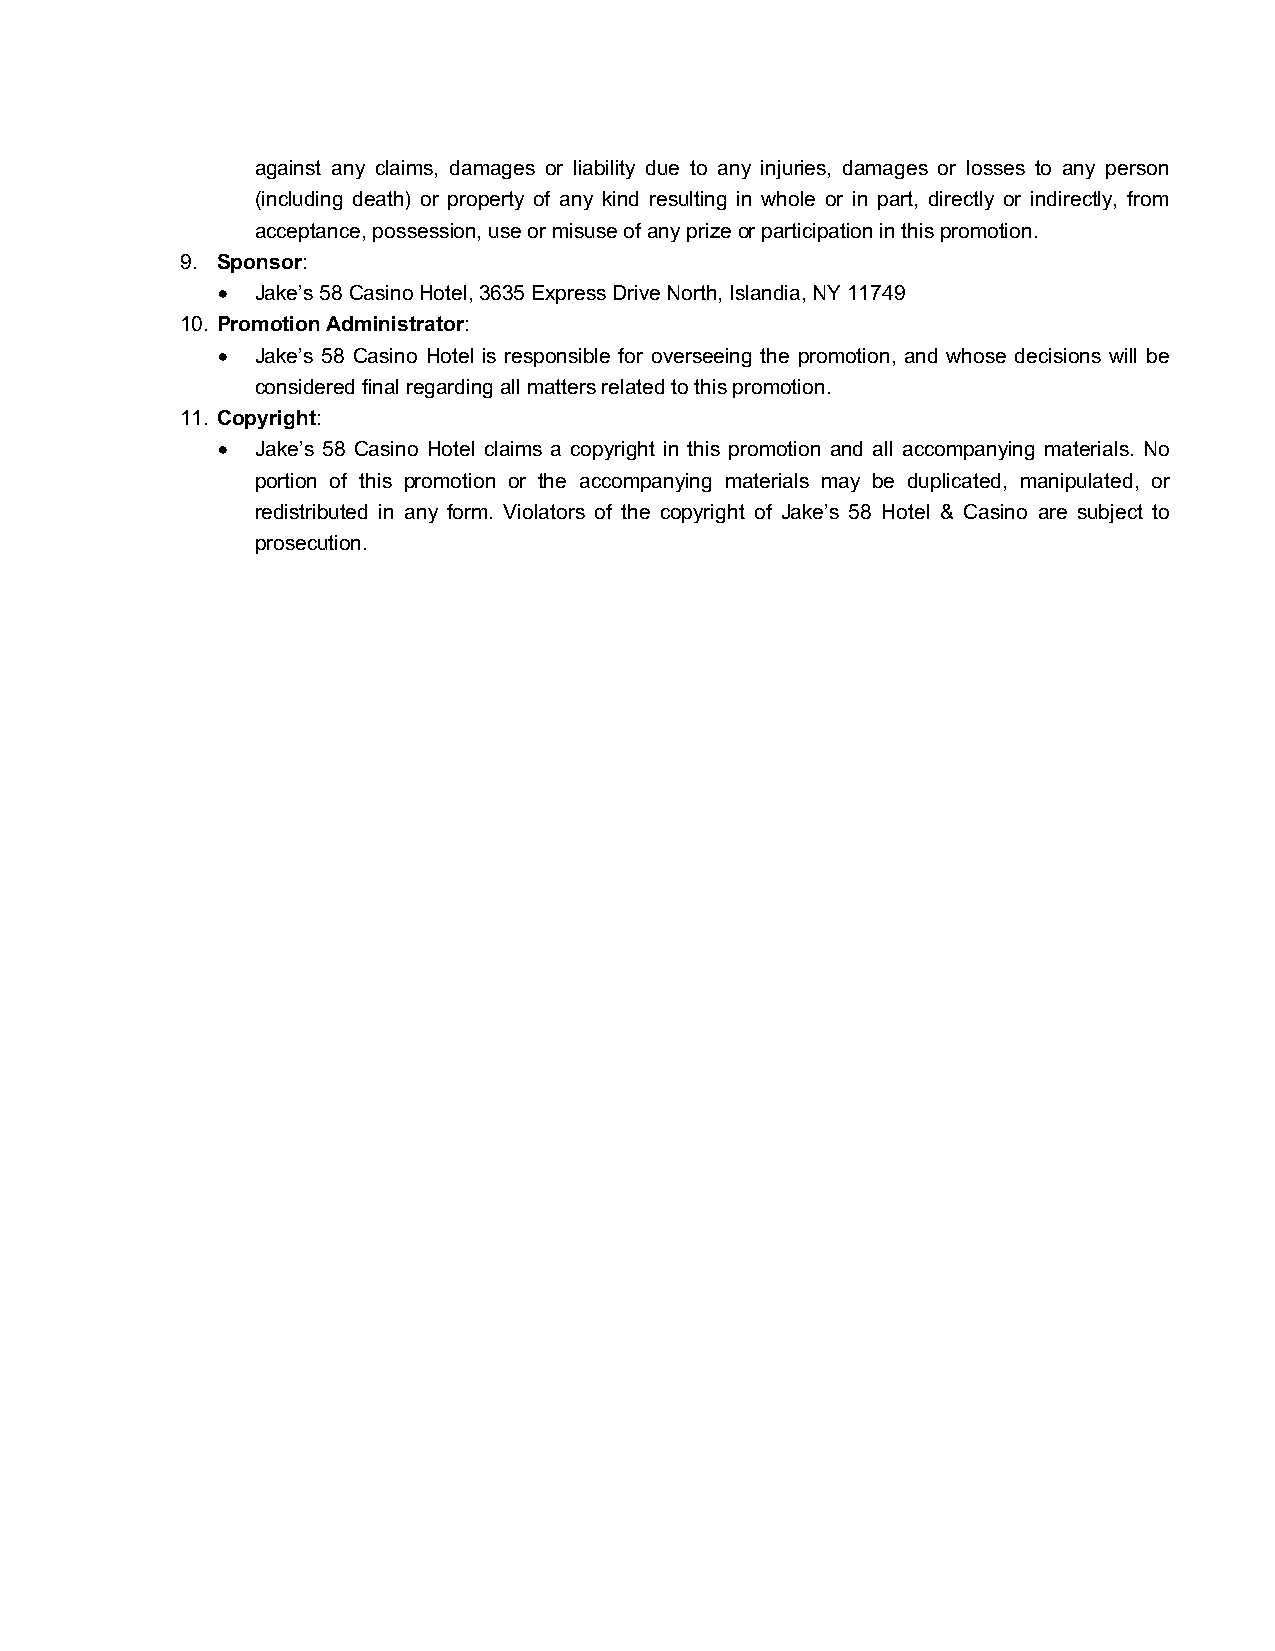
against any claims, damages or liability due to any injuries, damages or losses to any person
 (including death) or property of any kind resulting in whole or in part, directly or indirectly, from
 acceptance, possession, use or misuse of any prize or participation in this promotion.
 9. Sponsor:
 •  Jake’s 58 Casino Hotel, 3635 Express Drive North, Islandia, NY 11749
 10. Promotion Administrator:
 •  Jake’s 58 Casino Hotel is responsible for overseeing the promotion, and whose decisions will be
 considered final regarding all matters related to this promotion.
 11. Copyright:
 •  Jake’s 58 Casino Hotel claims a copyright in this promotion and all accompanying materials. No
 portion of this promotion or the accompanying materials may be duplicated, manipulated, or
 redistributed in any form. Violators of the copyright of Jake’s 58 Hotel & Casino are subject to
 prosecution.